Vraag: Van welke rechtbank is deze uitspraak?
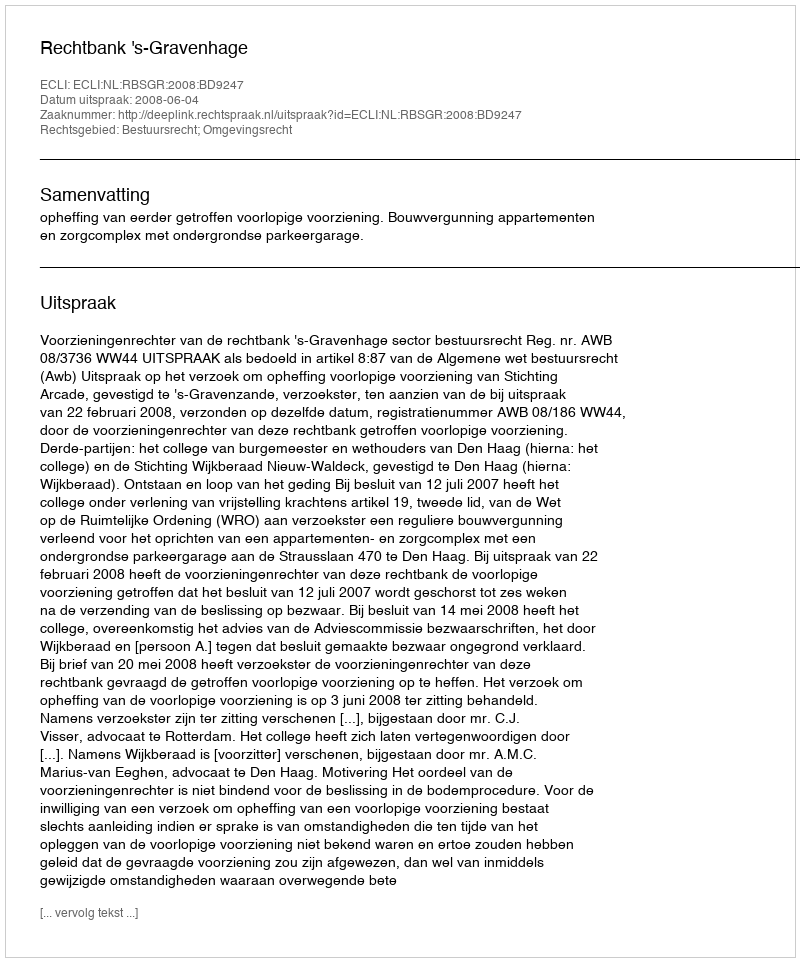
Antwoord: Rechtbank 's-Gravenhage